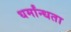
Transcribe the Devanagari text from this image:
धर्मांन्धता